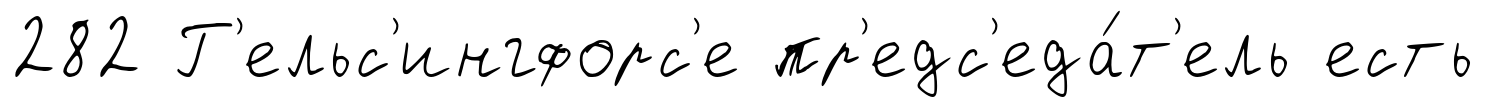
282 Г'ельс'ингфорс'е пр'едс'еда́т'ель есть